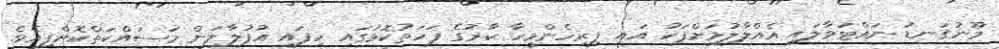
މޫނުގަނޑު ނައްޓުވާލައި އެއްލާލުމަށްފަހު އައި ފިރިހެންމީހާ ކާރުގެ ފަހަތުކޮޅުގައި ހިފައި އުފުލާލަން މަސައްކަތްކޮށްފިއެވެ.